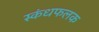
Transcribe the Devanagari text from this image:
स्कंधफलक